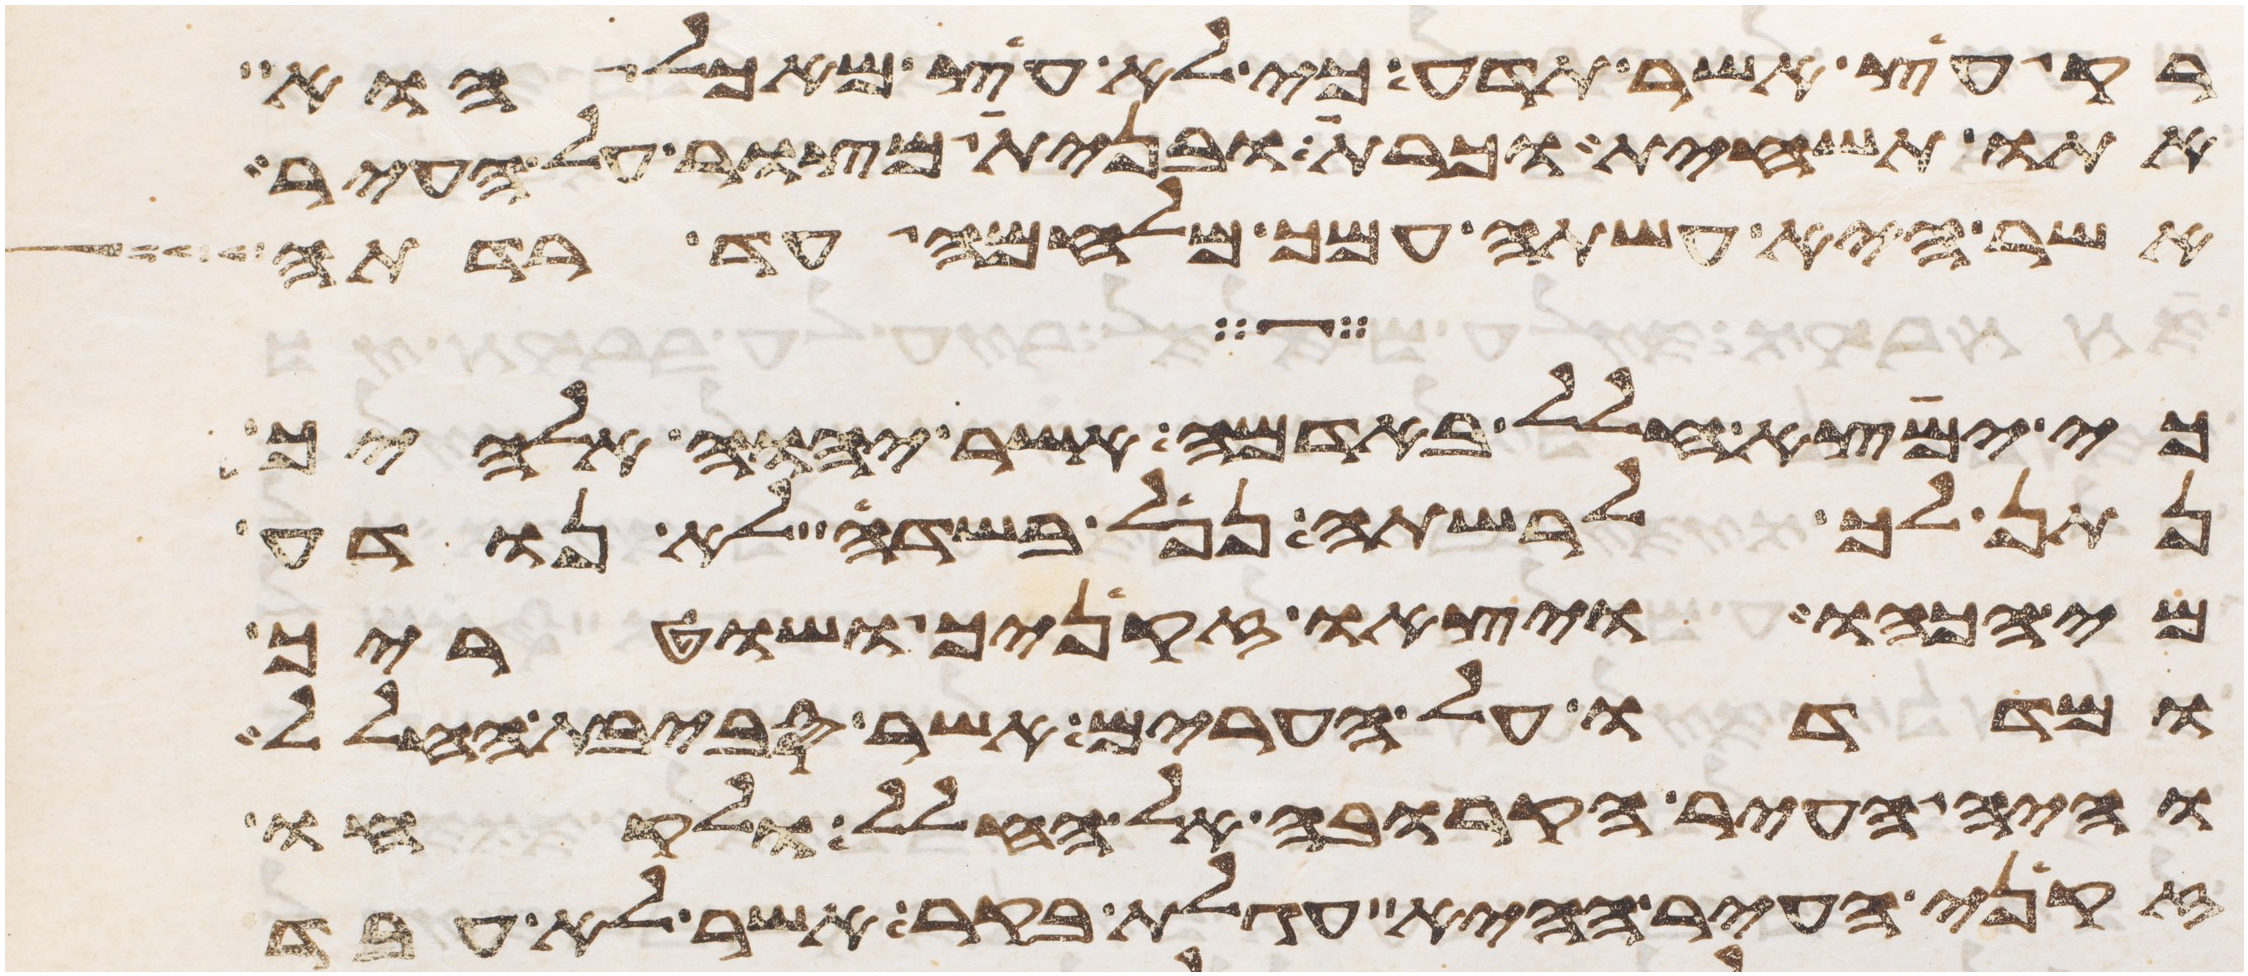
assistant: רק עץ אשר תדע כי לא עץ מאכל הוא
אתו תשחית וכרת ובנית מצור על העיר
אשר היא עשתה עמך מלחמה עד רדתה
כי ימצא חלל באדמה אשר יהוה אלהיך
נתן לך לרשתה נפל בשדה לא נודע
מי הכהו ויצאו זקניך ושטריך
ומדדו על הערים אשר סביבת החלל
והיה העיר הקרובה אל החלל ולקחו
זקני העיר ההיא עגלת בקר אשר לא עבד